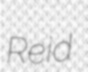
Reid